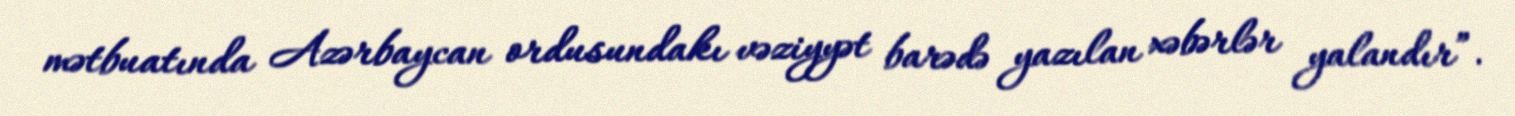
mətbuatında Azərbaycan ordusundakı vəziyyət barədə yazılan xəbərlər yalandır”.